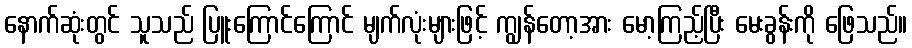
နောက်ဆုံးတွင် သူသည် ပြူးကြောင်ကြောင် မျက်လုံးများဖြင့် ကျွန်တော့အား မော့ကြည့်ပြီး မေးခွန်းကို ဖြေသည်။